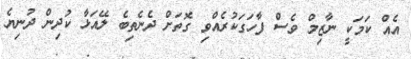
އެއް ކަމަކީ ނާޒިމް ވެސް ފާހަގަކުރެއްވި ގޮތަށް ދެނެތިބެ ލޭއަޅާ ކުދިން ދުނިޔެ